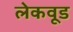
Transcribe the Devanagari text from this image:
लेकवूड